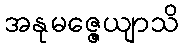
အနုမဇ္ဇေယျာသိ